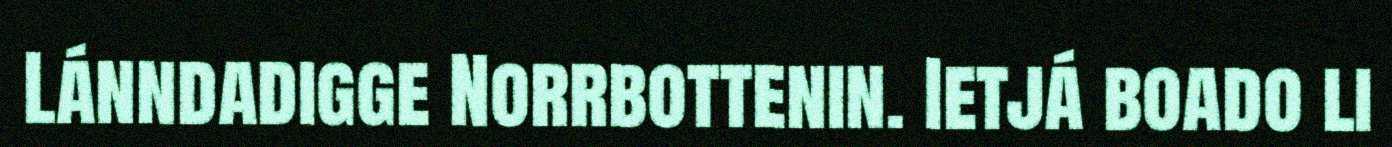
Lánndadigge Norrbottenin. Ietjá boado li